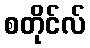
စတိုင်လ်